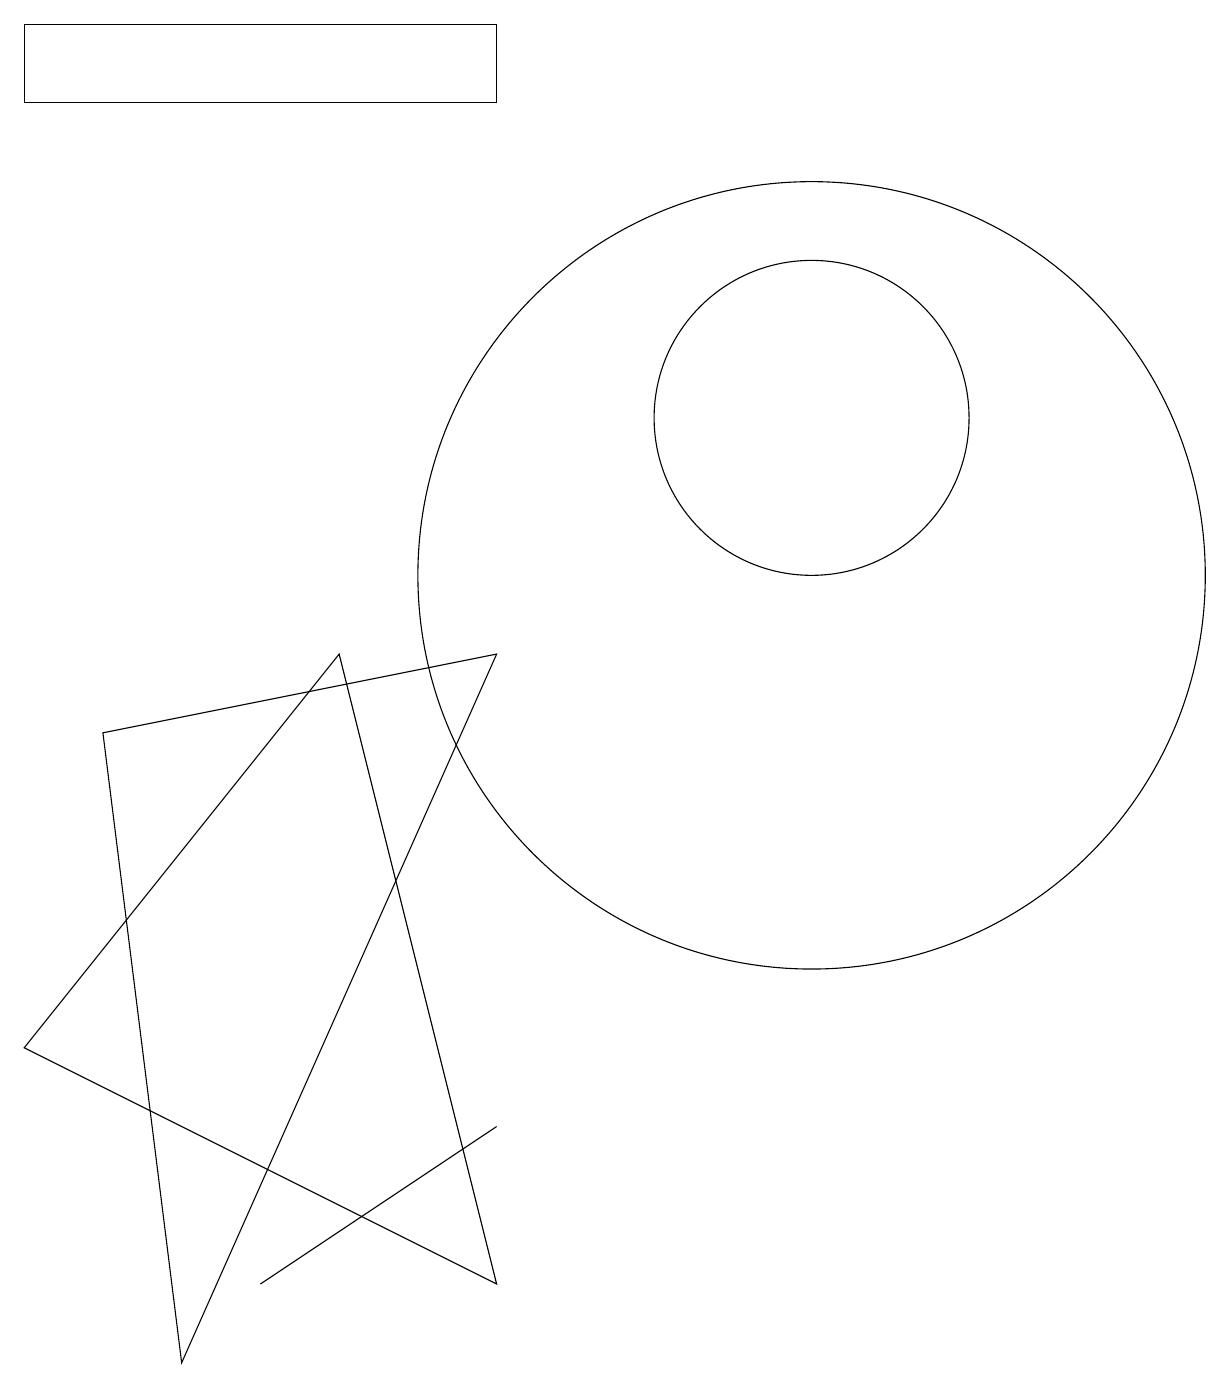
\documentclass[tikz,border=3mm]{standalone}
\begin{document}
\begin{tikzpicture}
\draw (8,1) -- (2,4) -- (6,9) -- cycle;
\draw (12,10) circle (5);
\draw (8,3) -- (8,3) -- (5,1) -- cycle;
\draw (12,12) circle (2);
\draw (3,8) -- (8,9) -- (4,0) -- cycle;
\draw (8,16) rectangle (2,17);
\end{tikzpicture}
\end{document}